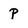
Character: p